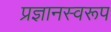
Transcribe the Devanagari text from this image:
प्रज्ञानस्वरूप